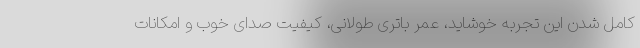
کامل شدن این تجربه خوشاید، عمر باتری طولانی، کیفیت صدای خوب و امکانات